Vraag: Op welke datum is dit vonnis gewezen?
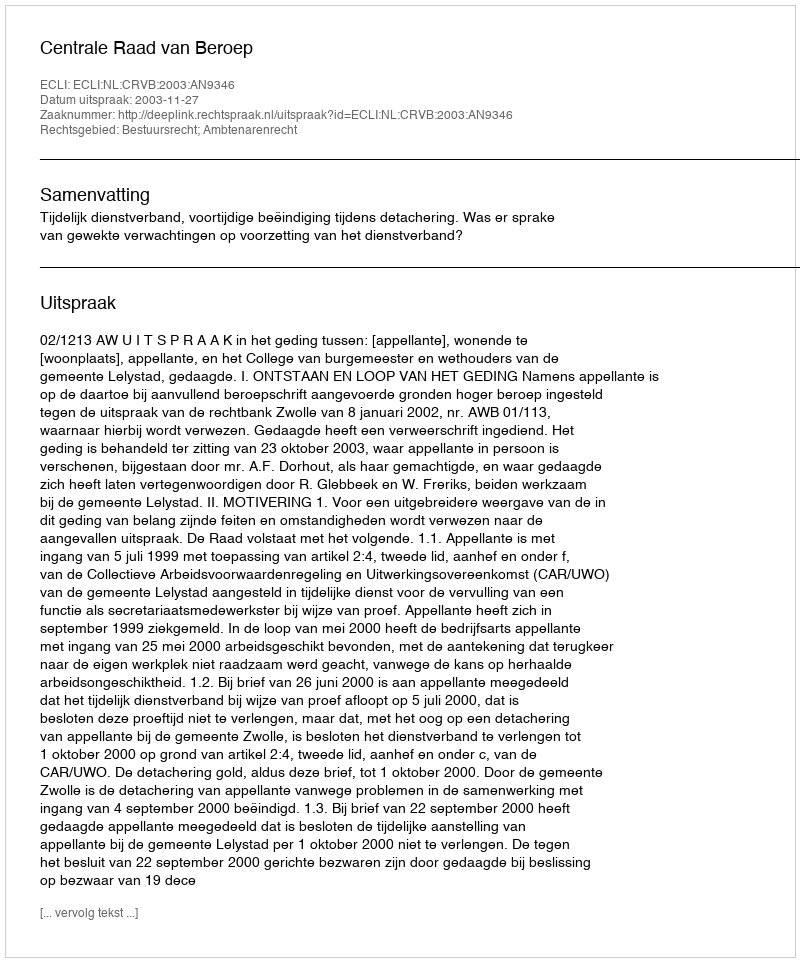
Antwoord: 2003-11-27